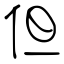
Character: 但